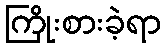
ကြိုးစားခဲ့ရာ